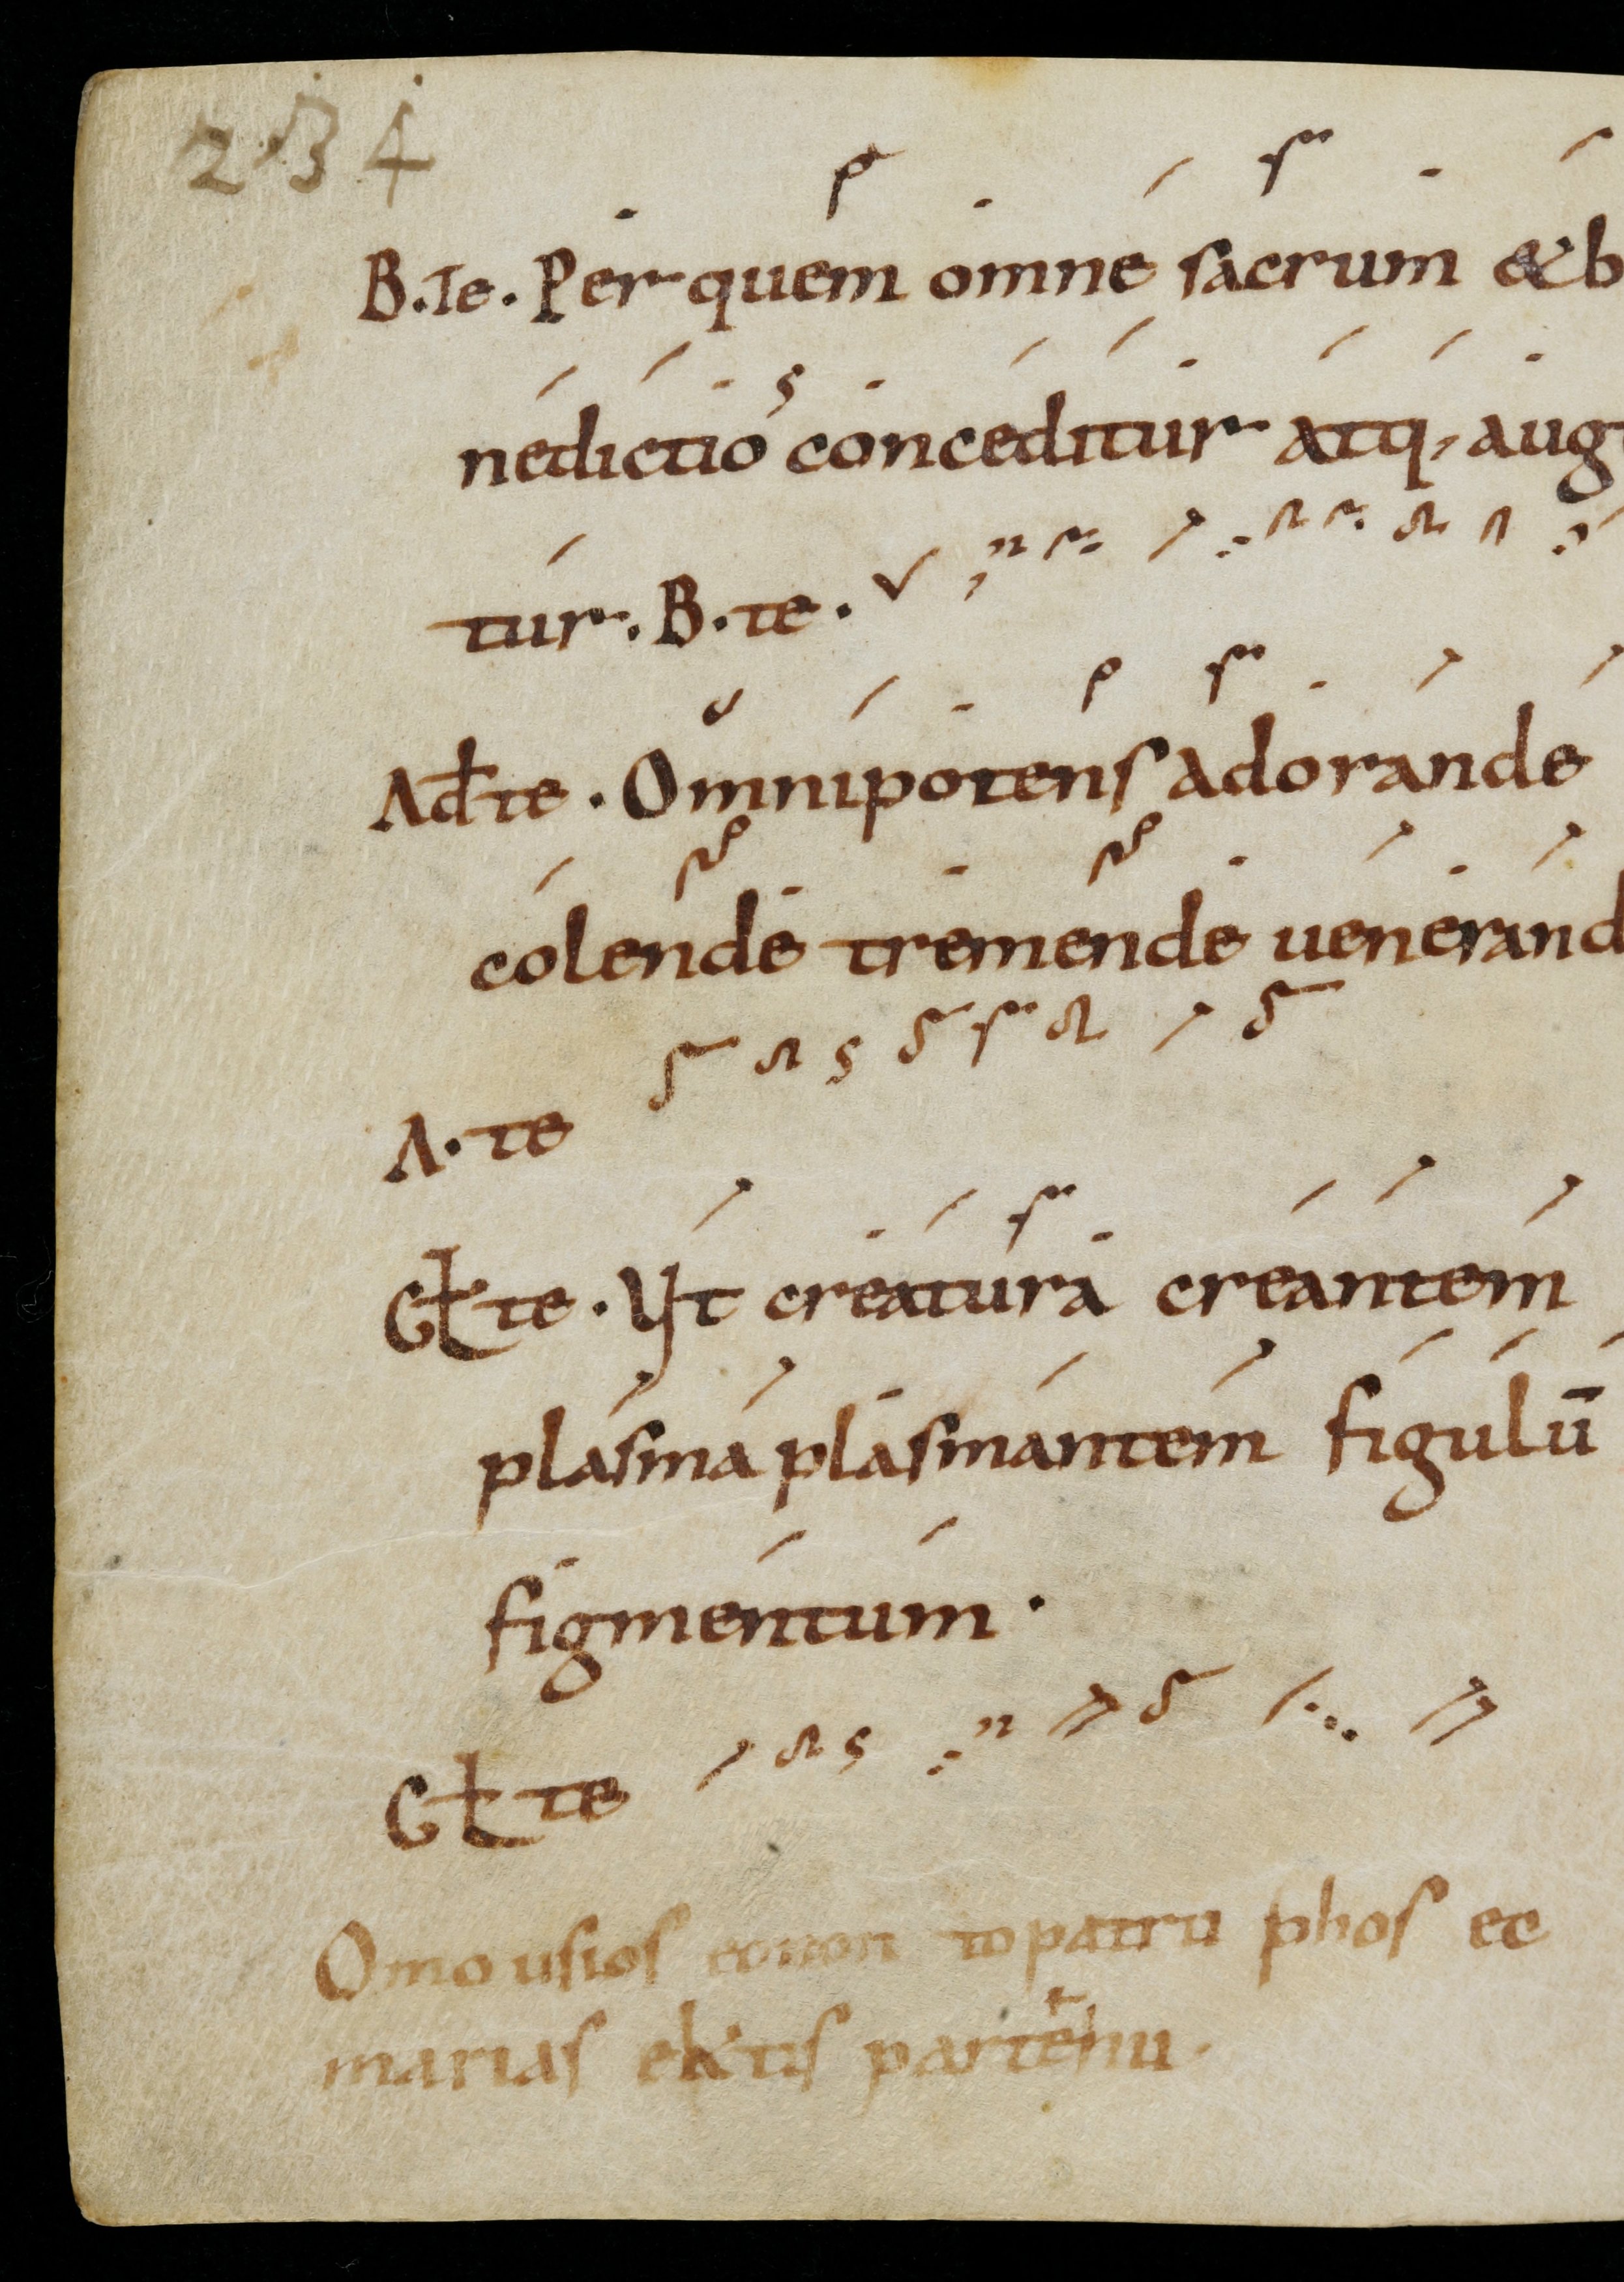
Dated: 900–999